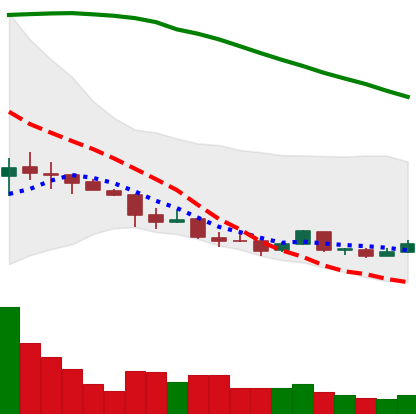
Ticker: ETC-USD
Chart end date: 2018-04-08
Forward return: 10.545%
Label: up_7plus